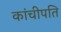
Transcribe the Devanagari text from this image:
कांचीपति